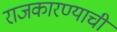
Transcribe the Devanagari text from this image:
राजकारण्याची